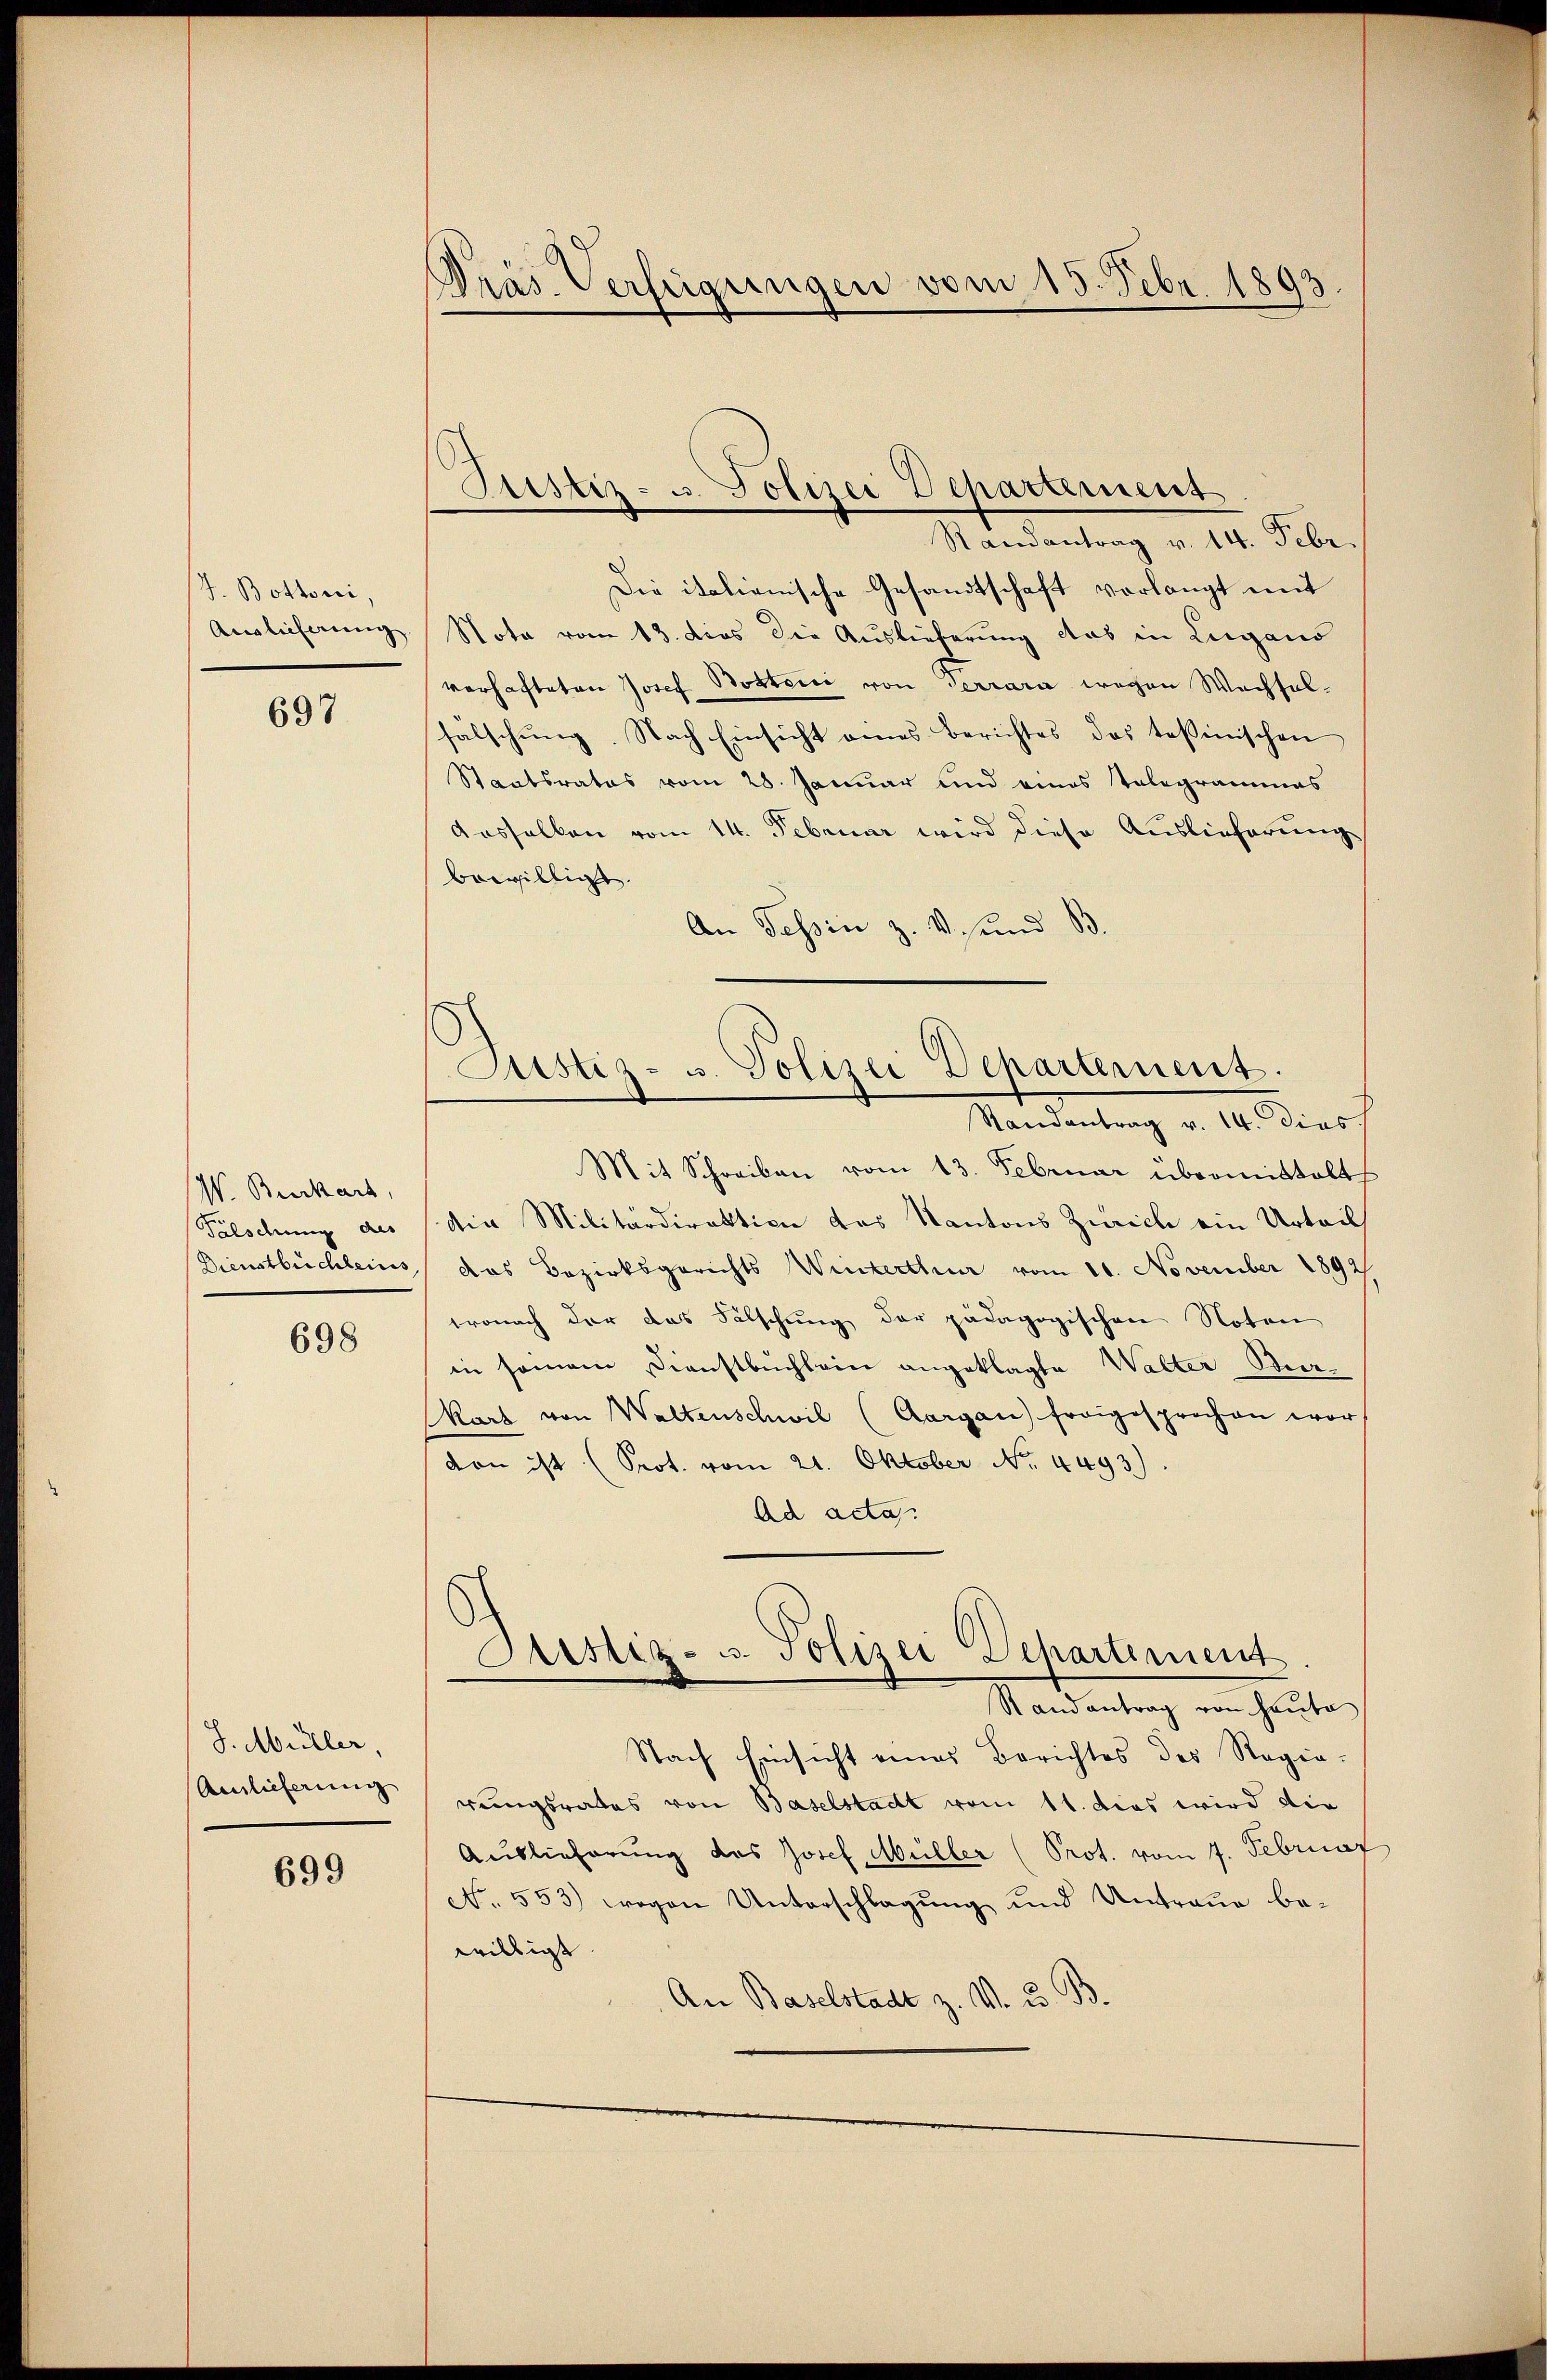
J. Bottoni,
Auslieferung

697

W. Burkart,
Fälschung des
Dienstbüchleins,

698

S. Müller,
Auslieferung

699

Dräs. Verfügungen vom 15. Febr. 1893.

Justiz- u. Polizei Departement
Randantrag v. 14. Febr.

Justiz- u. Polizei Departernent.

Die italianische Gesandtschaft verlangt mit
Nota vom 13. dies die Auslieferung das in Lugano
verhafteten Josef Bostorii von Terrara wachen Wechsel-
falschŭng. Nach Einsicht eines Berichtes das tessinischen
Staatsrates vom 28. Januar und eines Telegrammes
Aasselben vom 14. Februar wird diese Auslieferung
bewilligt
An Tessin z. v. und B
Randantrag v. 14. dies
Mit Schreiben vom 13. Februar übermittalt
die Militärdirektion das Kantons Zürich ein Urteils
das Bezirksgerichts Winterthur vom 10. November 1892
wonach der das Fälschung der pädagogischen Noten
in somann Dienstbuchlein angeklagte Walter Burkart von Waltenschwil (Aargau fragesprochen wor
von ist (Prot. vom 21. Oktober No. 4493)
Ad acta.
Justiz- u. Polizei Departement
Randantrag von Haute
Nach Einsicht eines Berichtes des Regierungsrates von Baselstadt vom 11. dies wird die
Auslieferung des Josef Müller (Prot. vom 7. Februar
No. 553.) wegen Unterschlagung und Antraue bewilligt
An Baselstadt z. V. u. B